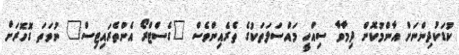
ކުޑަކުދިންނަށް އާންމުކޮށް ދިމާވާ ސިއްހީ މައްސަލަތަކުގެ ތެރެއިންވެސް "ގެސްޓްރޯ އެންތެރައިޓިސް" ނުވަތަ ގޮހޮރަށް